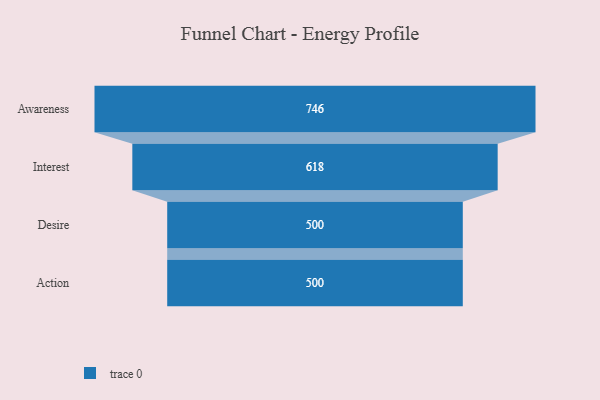
{"axis": {"x": "Stage", "y": "Value"}, "legend": [""], "data": [{"x": "Awareness", "y": 746.0, "type": ""}, {"x": "Interest", "y": 618.0, "type": ""}, {"x": "Desire", "y": 500, "type": ""}, {"x": "Action", "y": 500, "type": ""}]}